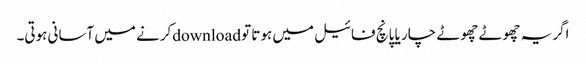
اگر یہ چھوٹے چھوٹے چار یا پانچ فائیل میں ہوتا تو downloadکرنے میں آسانی ہوتی۔